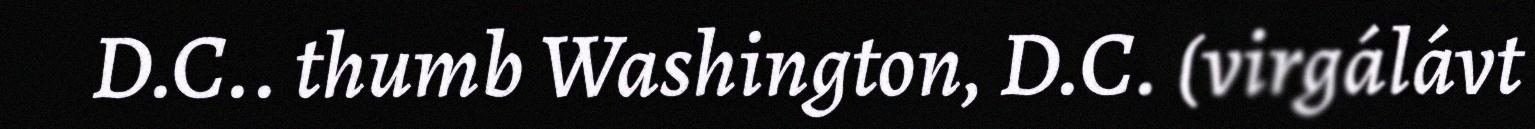
D.C.. thumb Washington, D.C. (virgálávt